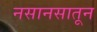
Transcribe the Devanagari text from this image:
नसानसातून